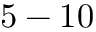
5 - 1 0